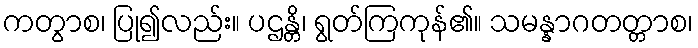
ကတွာစ၊ ပြု၍လည်း။ ပဌန္တိ၊ ရွတ်ကြကုန်၏။ သမန္နာဂတတ္တာစ၊